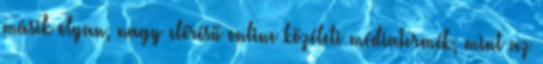
másik olyan, nagy elérésű online közéleti médiatermék, mint az